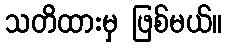
သတိထားမှ ဖြစ်မယ်။